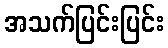
အသက်ပြင်းပြင်း